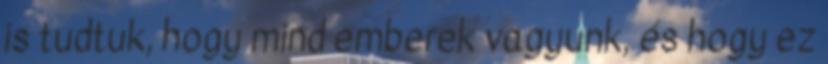
is tudtuk, hogy mind emberek vagyunk, és hogy ez